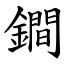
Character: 鐧